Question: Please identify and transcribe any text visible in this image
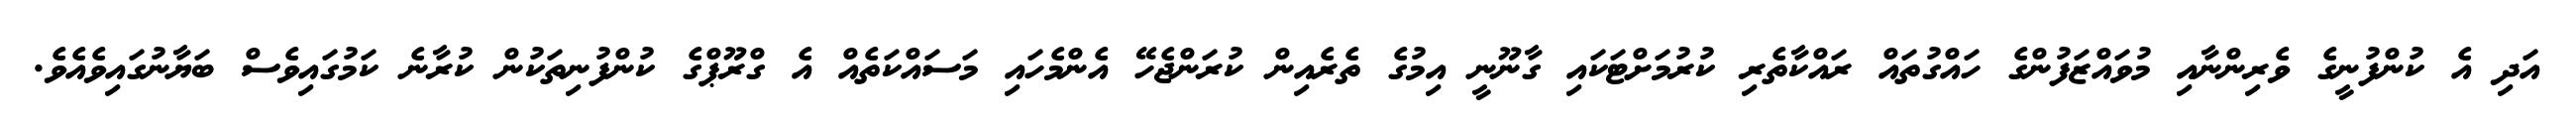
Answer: އަދި އެ ކުންފުނީގެ ވެރިންނާއި މުވައްޒަފުންގެ ހައްގުތައް ރައްކާތެރި ކުރުމަށްޓަކައި ގާނޫނީ އިމުގެ ތެރެއިން ކުރަންޖެހޭ އެންމެހައި މަސައްކަތެއް އެ ގްރޫޕްގެ ކުންފުނިތަކުން ކުރާނެ ކަމުގައިވެސް ބަޔާނުގައިވެއެވެ.